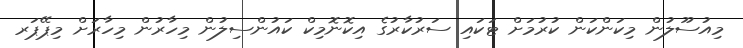
މިއުސޫލުން މިކަންކަން ކުރުމަށް ޓަކައި ސަރުކާރުގެ އިކޮނޮމިކް ކަައުންސިލުން މިހާރުން މިހާރަށް މިޕޭޕަރ